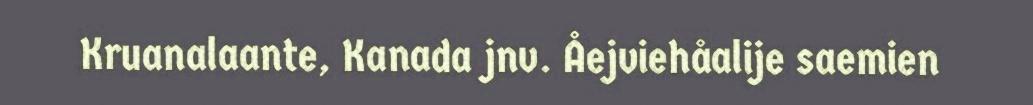
Kruanalaante, Kanada jnv. Åejviehåalije saemien